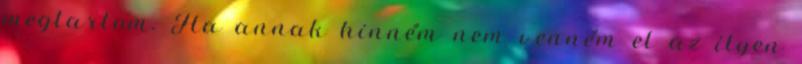
megtartom. Ha annak hinném nem venném el az ilyen